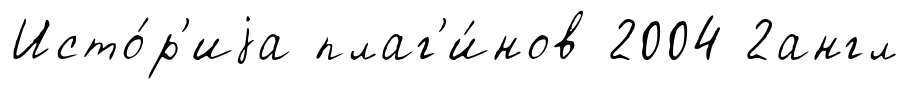
Исто́р'иjа плаг'и́нов 2004 2англ